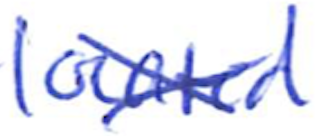
Text: located
Cross-out: cross
Writing tool: ballpoint